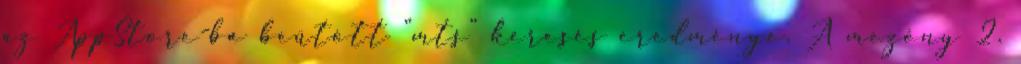
az AppStore-ba beütött “mts” keresés eredménye. A mezőny 2.